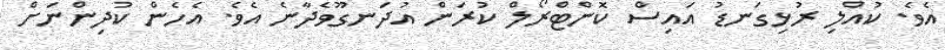
އެވެ. ކުއްލި ރުޅިގަނޑު އައިސް ކޮންޓްރޯލް ކުރަން އުދަނގޫވެދާނެ އެވެ. އެހެން ކުދިންނަށް